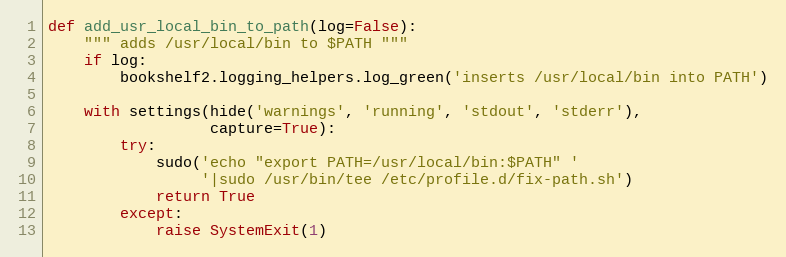
Language: Python
def add_usr_local_bin_to_path(log=False):
    """ adds /usr/local/bin to $PATH """
    if log:
        bookshelf2.logging_helpers.log_green('inserts /usr/local/bin into PATH')

    with settings(hide('warnings', 'running', 'stdout', 'stderr'),
                  capture=True):
        try:
            sudo('echo "export PATH=/usr/local/bin:$PATH" '
                 '|sudo /usr/bin/tee /etc/profile.d/fix-path.sh')
            return True
        except:
            raise SystemExit(1)